Enquiry on enteric fever in India - Number 32
Disease focus: Fever
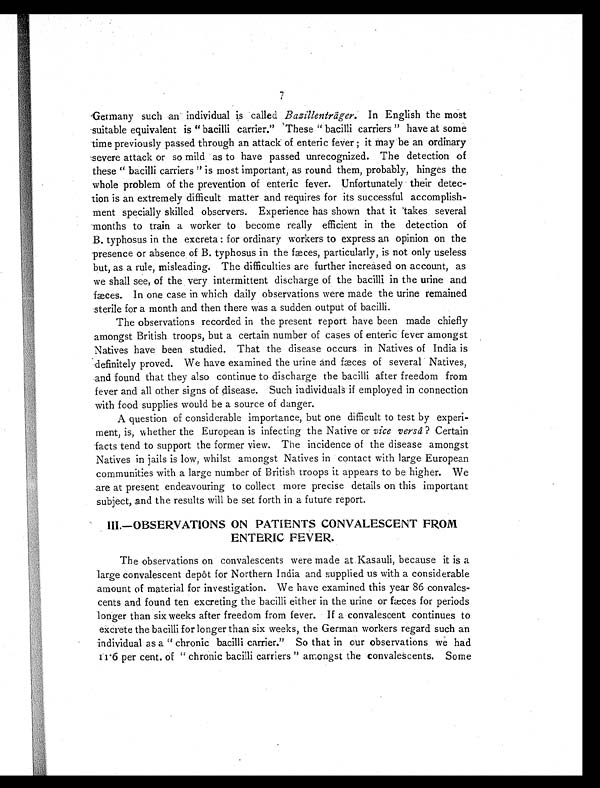
Germany such an individual is called Bazillenträger. In English the most
suitable equivalent is " bacilli carrier." These " bacilli carriers " have at some
time previously passed through an attack of enteric fever ; it may be an ordinary
severe attack or so mild as to have passed unrecognized. The detection of
these " bacilli carriers " is most important, as round them, probably, hinges the
whole problem of the prevention of enteric fever. Unfortunately their detec-
tion is an extremely difficult matter and requires for its successful accomplish-
ment specially skilled observers. Experience has shown that it takes several
months to train a worker to become really efficient in the detection of
B. typhosus in the excreta: for ordinary workers to express an opinion on the
presence or absence of B. typhosus in the fæces, particularly, is not only useless
but, as a rule, misleading. The difficulties are further increased on account, as
we shall see, of the very intermittent discharge of the bacilli in the urine and
fæces. In one case in which daily observations were made the urine remained
sterile for a month and then there was a sudden output of bacilli.
The observations recorded in the present report have been made chiefly
amongst British troops, but a certain number of cases of enteric fever amongst
Natives have been studied. That the disease occurs in Natives of India is
definitely proved. We have examined the urine and fæces of several Natives,
and found that they also continue to discharge the bacilli after freedom from
fever and all other signs of disease. Such individuals if employed in connection
with food supplies would be a source of danger.
A question of considerable importance, but one difficult to test by experi-
ment, is, whether the European is infecting the Native or vice versa? Certain
facts tend to support the former view. The incidence of the disease amongst
Natives in jails is low, whilst amongst Natives in contact with large European
communities with a large number of British troops it appears to be higher. We
are at present endeavouring to collect more precise details on this important
subject, and the results will be set forth in a future report.
III.—OBSERVATIONS ON PATIENTS CONVALESCENT FROM
ENTERIC FEVER.
The observations on convalescents were made at Kasauli, because it is a
large convalescent depôt for Northern India and supplied us with a considerable
amount of material for investigation. We have examined this year 86 convales-
cents and found ten excreting the bacilli either in the urine or fæces for periods
longer than six weeks after freedom from fever. If a convalescent continues to
excrete the bacilli for longer than six weeks, the German workers regard such an
individual as a " chronic bacilli carrier." So that in our observations we had
11.6 per cent. of " chronic bacilli carriers " amongst the convalescents. Some